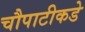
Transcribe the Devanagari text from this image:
चौपाटीकडे